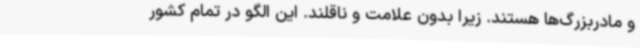
و مادربزرگ‌ها هستند. زیرا بدون علامت و ناقلند. این الگو در تمام کشور